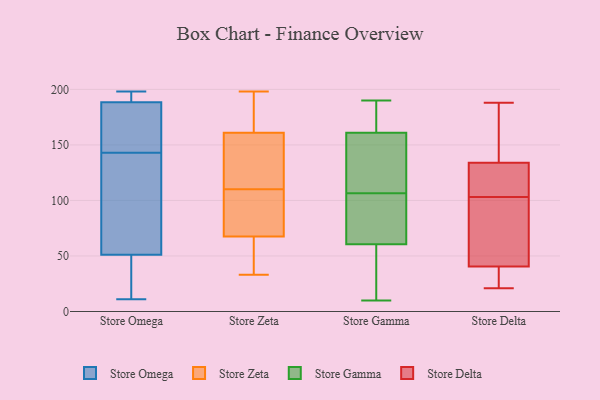
{"axis": {"x": "Shipments", "y": "Value"}, "legend": ["Store Delta", "Store Gamma", "Store Omega", "Store Zeta"], "data": [{"x": "", "y": 11, "type": "Store Omega"}, {"x": "", "y": 184, "type": "Store Omega"}, {"x": "", "y": 117, "type": "Store Omega"}, {"x": "", "y": 192, "type": "Store Omega"}, {"x": "", "y": 198, "type": "Store Omega"}, {"x": "", "y": 50, "type": "Store Omega"}, {"x": "", "y": 149, "type": "Store Omega"}, {"x": "", "y": 71, "type": "Store Omega"}, {"x": "", "y": 27, "type": "Store Omega"}, {"x": "", "y": 152, "type": "Store Omega"}, {"x": "", "y": 17, "type": "Store Omega"}, {"x": "", "y": 186, "type": "Store Omega"}, {"x": "", "y": 52, "type": "Store Omega"}, {"x": "", "y": 197, "type": "Store Omega"}, {"x": "", "y": 191, "type": "Store Omega"}, {"x": "", "y": 137, "type": "Store Omega"}, {"x": "", "y": 160, "type": "Store Zeta"}, {"x": "", "y": 106, "type": "Store Zeta"}, {"x": "", "y": 75, "type": "Store Zeta"}, {"x": "", "y": 51, "type": "Store Zeta"}, {"x": "", "y": 33, "type": "Store Zeta"}, {"x": "", "y": 162, "type": "Store Zeta"}, {"x": "", "y": 88, "type": "Store Zeta"}, {"x": "", "y": 160, "type": "Store Zeta"}, {"x": "", "y": 144, "type": "Store Zeta"}, {"x": "", "y": 114, "type": "Store Zeta"}, {"x": "", "y": 198, "type": "Store Zeta"}, {"x": "", "y": 173, "type": "Store Zeta"}, {"x": "", "y": 51, "type": "Store Zeta"}, {"x": "", "y": 194, "type": "Store Zeta"}, {"x": "", "y": 72, "type": "Store Zeta"}, {"x": "", "y": 63, "type": "Store Zeta"}, {"x": "", "y": 186, "type": "Store Gamma"}, {"x": "", "y": 55, "type": "Store Gamma"}, {"x": "", "y": 140, "type": "Store Gamma"}, {"x": "", "y": 66, "type": "Store Gamma"}, {"x": "", "y": 80, "type": "Store Gamma"}, {"x": "", "y": 110, "type": "Store Gamma"}, {"x": "", "y": 10, "type": "Store Gamma"}, {"x": "", "y": 132, "type": "Store Gamma"}, {"x": "", "y": 15, "type": "Store Gamma"}, {"x": "", "y": 103, "type": "Store Gamma"}, {"x": "", "y": 190, "type": "Store Gamma"}, {"x": "", "y": 182, "type": "Store Gamma"}, {"x": "", "y": 119, "type": "Store Delta"}, {"x": "", "y": 134, "type": "Store Delta"}, {"x": "", "y": 188, "type": "Store Delta"}, {"x": "", "y": 39, "type": "Store Delta"}, {"x": "", "y": 35, "type": "Store Delta"}, {"x": "", "y": 21, "type": "Store Delta"}, {"x": "", "y": 41, "type": "Store Delta"}, {"x": "", "y": 94, "type": "Store Delta"}, {"x": "", "y": 26, "type": "Store Delta"}, {"x": "", "y": 134, "type": "Store Delta"}, {"x": "", "y": 127, "type": "Store Delta"}, {"x": "", "y": 140, "type": "Store Delta"}, {"x": "", "y": 186, "type": "Store Delta"}, {"x": "", "y": 111, "type": "Store Delta"}, {"x": "", "y": 103, "type": "Store Delta"}, {"x": "", "y": 47, "type": "Store Delta"}, {"x": "", "y": 94, "type": "Store Delta"}]}